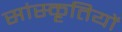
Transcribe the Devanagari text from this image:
सांस्कृतियों